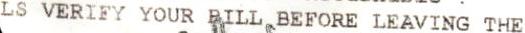
PLS VERIFY YOUR BILL BEFORE LEAVING THE